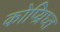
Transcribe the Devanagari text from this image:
कोप्य्रिघ्त